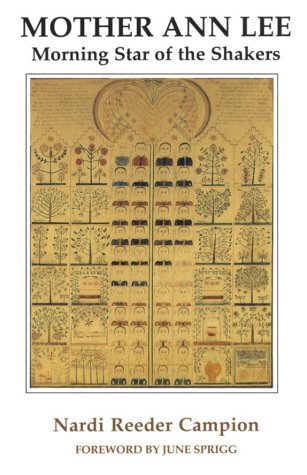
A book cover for Mother Ann Lee: Morning Star of the Shakers; Nardi Reeder Campion; Christian Books & Bibles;